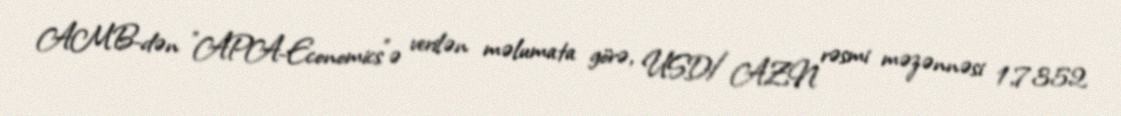
AMB-dən "APA-Economics"ə verilən məlumata görə, USD/AZN rəsmi məzənnəsi 1,7352